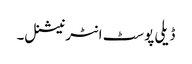
ڈیلی پوسٹ انٹرنیشنل۔